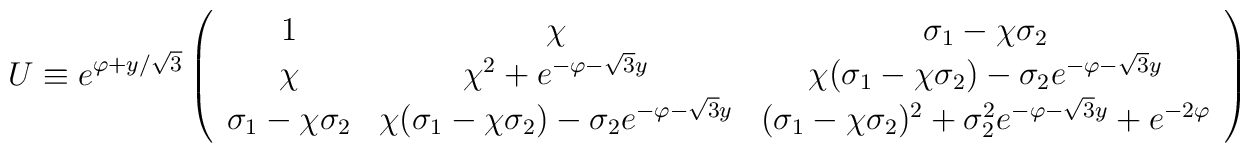
U \equiv  e^{\varphi+y/\sqrt{3}} \left( \begin{array}{ccc} 1 & \chi & \sigma_1 -\chi \sigma_2  \\ \chi & \chi^2 +e^{-\varphi-\sqrt{3}y} & \chi ( \sigma_1 -\chi \sigma_2 )- \sigma_2 e^{-\varphi-\sqrt{3}y} \\\sigma_1 -\chi \sigma_2 & \chi ( \sigma_1 -\chi \sigma_2 )- \sigma_2 e^{-\varphi-\sqrt{3}y} & ( \sigma_1 -\chi \sigma_2 )^2 + \sigma_2^2 e^{-\varphi-\sqrt{3}y} + e^{-2\varphi}\end{array} \right)